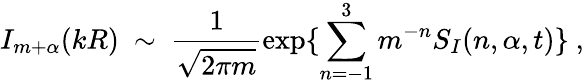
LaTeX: I_{m+\alpha}(kR)\ \sim\ \frac{1}{\sqrt{2\pi m}}\exp\{ \sum_{n=-1}^{3}m^{-n}S_{I}(n,\alpha,t)\} \ ,